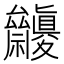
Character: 𥜷